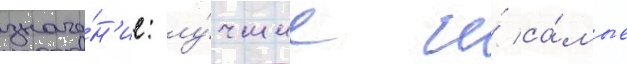
значе́н'ие: лу́чшие и́ са́мые